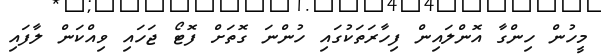
މީހުން ހިންގާ އޮންލައިން ފިހާރަތަކުގައި ހުންނަ ގޮތަށް ފޮޓޯ ޖަހައި ވިއްކަން ލާފައި